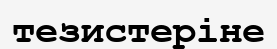
тезистеріне